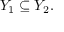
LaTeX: Y _ { 1 } \subseteq Y _ { 2 } .